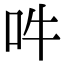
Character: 吽